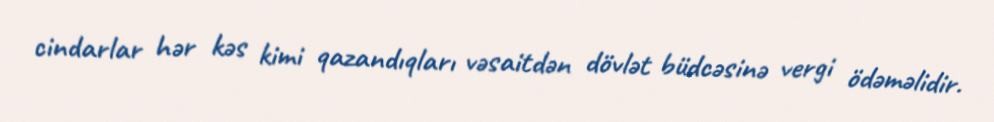
cindarlar hər kəs kimi qazandıqları vəsaitdən dövlət büdcəsinə vergi ödəməlidir.